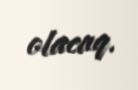
olacaq.